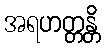
အရဟတ္တန္တိ